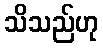
သိသည်ဟု